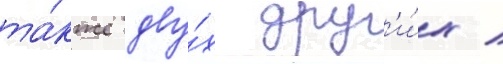
та́кже дву́х друг'и́х /